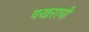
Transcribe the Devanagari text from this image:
वखराची